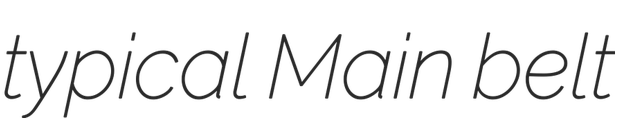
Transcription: typical Main belt